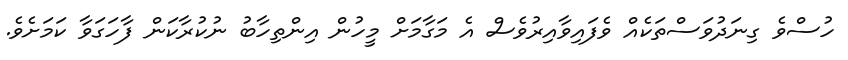
ހުސްވެ ގިނަދުވަސްތަކެއް ވެފައިވާއިރުވެސް އެ މަގާމަށް މީހުން އިންތިހާބު ނުކުރާކަން ފާހަގަވާ ކަމަށެވެ.